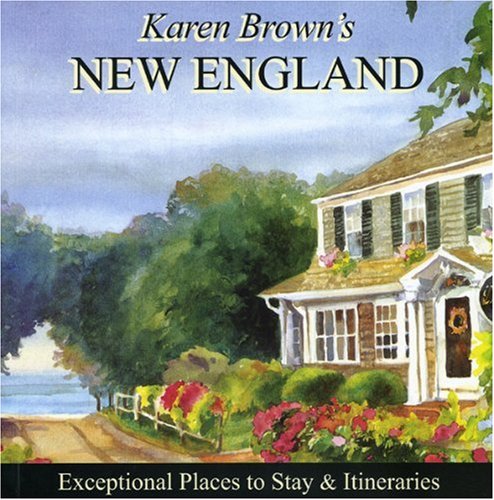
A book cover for Karen Brown's New England 2010: Exceptional Places to Stay & Itineraries (Karen Brown's New England: Exceptional Places to Stay & Itineraries); Karen Brown; Travel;